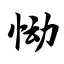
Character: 恸